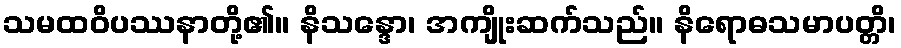
သမထဝိပဿနာတို့၏။ နိသန္ဒော၊ အကျိုးဆက်သည်။ နိရောဓသမာပတ္တိ၊